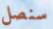
سنصل